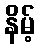
နိမ့်